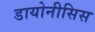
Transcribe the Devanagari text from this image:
डायोनीसिस